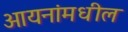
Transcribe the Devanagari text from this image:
आयनांमधील